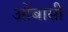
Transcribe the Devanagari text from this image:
ओबासी